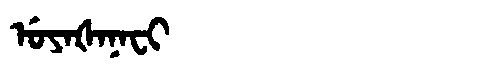
Manchu: ᡠᠶᠠᡧᠠᠨᠠᠸᡳ
Romanization: UYAŠANAFI